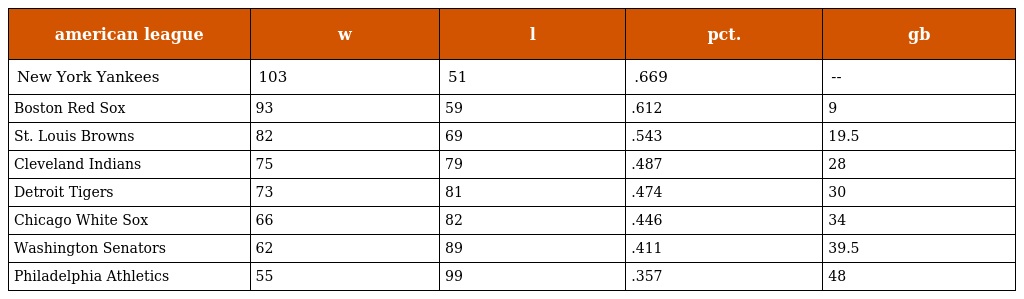
| american league | w | l | pct. | gb |
 | --- | --- | --- | --- | --- |
 | New York Yankees | 103 | 51 | .669 | -- |
 | Boston Red Sox | 93 | 59 | .612 | 9 |
 | St. Louis Browns | 82 | 69 | .543 | 19.5 |
 | Cleveland Indians | 75 | 79 | .487 | 28 |
 | Detroit Tigers | 73 | 81 | .474 | 30 |
 | Chicago White Sox | 66 | 82 | .446 | 34 |
 | Washington Senators | 62 | 89 | .411 | 39.5 |
 | Philadelphia Athletics | 55 | 99 | .357 | 48 |